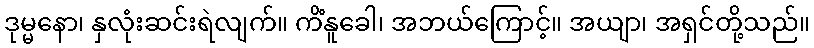
ဒုမ္မနော၊ နှလုံးဆင်းရဲလျက်။ ကိံနူခေါ၊ အဘယ်ကြောင့်။ အယျာ၊ အရှင်တို့သည်။